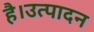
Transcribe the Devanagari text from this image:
है।उत्पादन